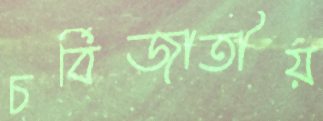
চর্বিজাতীয়